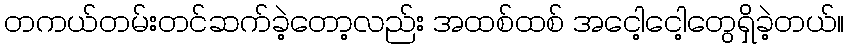
တကယ်တမ်းတင်ဆက်ခဲ့တော့လည်း အထစ်ထစ် အငေါ့ငေါ့တွေရှိခဲ့တယ်။